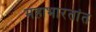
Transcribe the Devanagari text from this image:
महाभारतांत